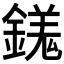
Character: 𨪢